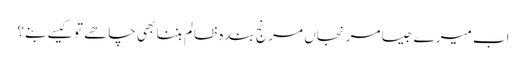
اب میرے جیسا مرنجاں مرنج بندہ ظالم بننا بھی چاھے تو کیسے بنے؟